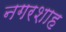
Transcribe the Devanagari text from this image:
नगरशाह